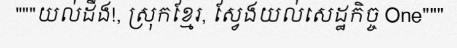
"""យល់ដឹង!, ស្រុកខ្មែរ, ស្វែងយល់សេដ្ឋកិច្ច One"""